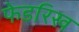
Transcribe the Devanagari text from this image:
फेडरिख